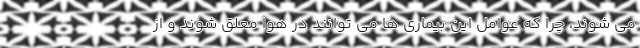
می شوند، چرا که عوامل این بیماری ها می توانند در هوا معلق شوند و از